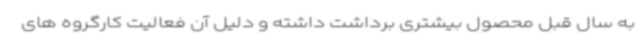
به سال قبل محصول بیشتری برداشت داشته و دلیل آن فعالیت کارگروه های